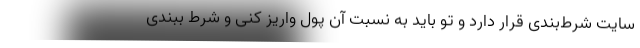
سایت شرط‌بندی قرار دارد و تو باید به نسبت آن پول واریز کنی و شرط ببندی